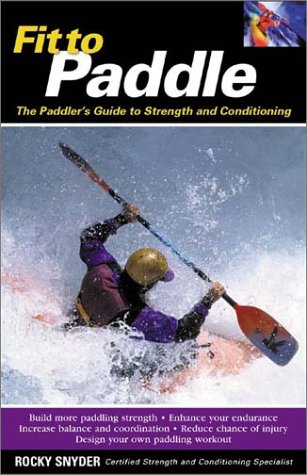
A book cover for Fit to Paddle : The Paddler's Guide to Strength and Conditioning; Rocky Snyder; Sports & Outdoors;